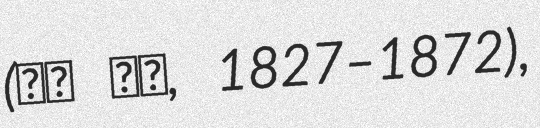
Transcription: (山内 豊信, 1827–1872),